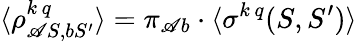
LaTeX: \langle\rho_{\mathscr{A}S,bS^{\prime}}^{k\, q}\rangle=\pi_{\mathscr{A}b}\cdot\langle\sigma^{k\, q}(S,S^{\prime})\rangle